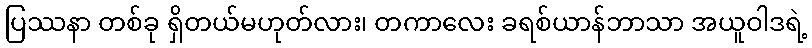
ပြဿနာ တစ်ခု ရှိတယ်မဟုတ်လား၊ တကာလေး ခရစ်ယာန်ဘာသာ အယူဝါဒရဲ့